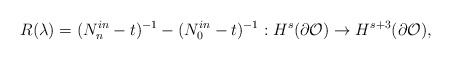
\begin{align*}R(\lambda)=(N^{in}_n-t)^{-1}-(N^{in}_0-t)^{-1}:H^s(\partial \mathcal O)\to H^{s+3}(\partial \mathcal O),\end{align*}